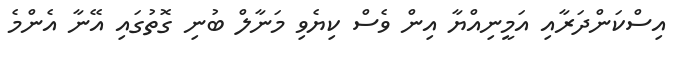
އިސްކަންދަރާއި އަމީނިއްޔާ އިން ވެސް ކިޔެވި މަނާލް ބުނި ގޮތުގައި އޭނާ އެންމެ